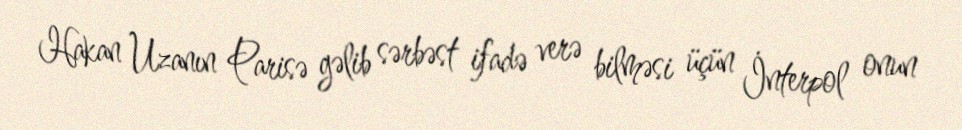
Hakan Uzanın Parisə gəlib sərbəst ifadə verə bilməsi üçün İnterpol onun